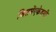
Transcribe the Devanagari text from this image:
जिसमेंएकेडमी